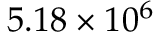
5 . 1 8 \times 1 0 ^ { 6 }